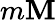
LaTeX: m\mathbf{M}